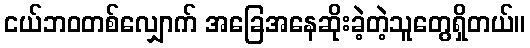
ငယ်ဘဝတစ်လျှောက် အခြေအနေဆိုးခဲ့တဲ့သူတွေရှိတယ်။